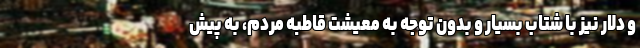
و دلار نیز با شتاب بسیار و بدون توجه به معیشت قاطبه مردم، به پیش